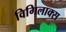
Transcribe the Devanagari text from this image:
विगिलाक्स